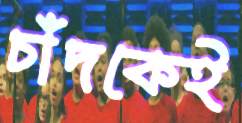
চাঁদকেই